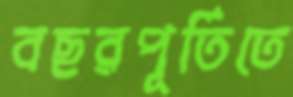
বছরপূর্তিতে